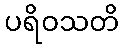
ပရိဝသတိ